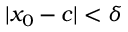
| x _ { 0 } - c | < \delta